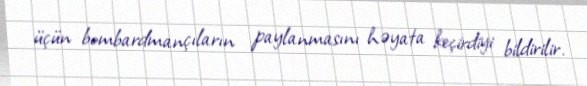
üçün bombardmançıların paylanmasını həyata keçirdiyi bildirilir.